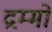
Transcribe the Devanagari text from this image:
द्रम्मों